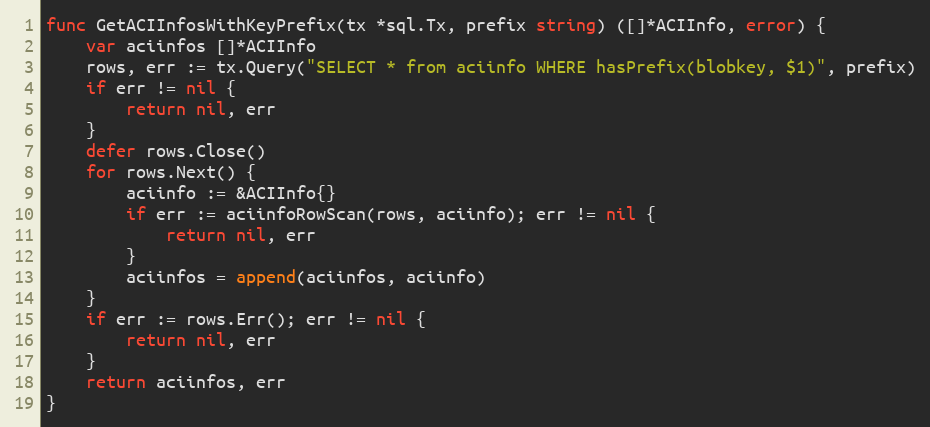
Language: Go
func GetACIInfosWithKeyPrefix(tx *sql.Tx, prefix string) ([]*ACIInfo, error) {
	var aciinfos []*ACIInfo
	rows, err := tx.Query("SELECT * from aciinfo WHERE hasPrefix(blobkey, $1)", prefix)
	if err != nil {
		return nil, err
	}
	defer rows.Close()
	for rows.Next() {
		aciinfo := &ACIInfo{}
		if err := aciinfoRowScan(rows, aciinfo); err != nil {
			return nil, err
		}
		aciinfos = append(aciinfos, aciinfo)
	}
	if err := rows.Err(); err != nil {
		return nil, err
	}
	return aciinfos, err
}